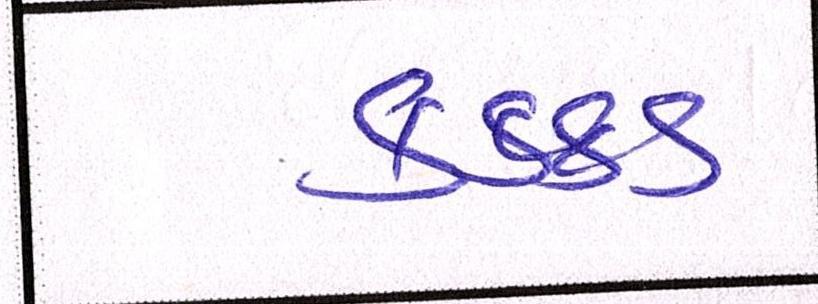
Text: કક્કડ